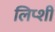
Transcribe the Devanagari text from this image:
लिप्शी